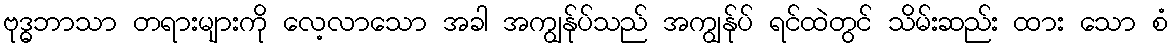
ဗုဒ္ဓဘာသာ တရားများကို လေ့လာသော အခါ အကျွန်ုပ်သည် အကျွန်ုပ် ရင်ထဲတွင် သိမ်းဆည်း ထား သော စံ